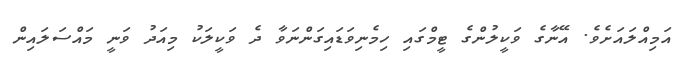
އަމިއްލައަށެވެ. އޭނާގެ ވަކީލުންގެ ޓީމްގައި ހިމެނިވަޑައިގަންނަވާ ދެ ވަކީލަކު މިއަދު ވަނީ މައްސަލައިން